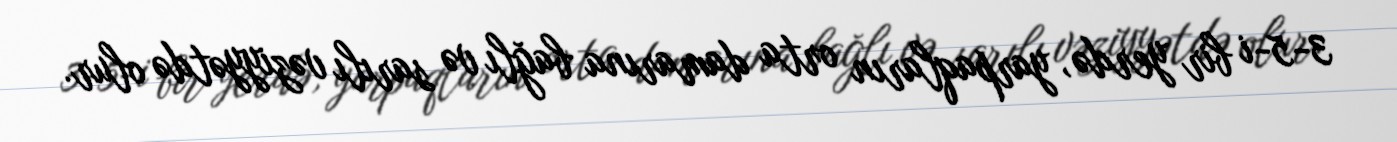
3-5-i bir yerdə, yarpaqların orta damarına bağlı və sarılı vəziyyətdə olur.